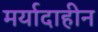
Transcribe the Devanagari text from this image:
मर्यादाहीन